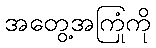
အတွေ့အကြုံကို